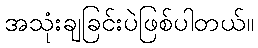
အသုံးချခြင်းပဲဖြစ်ပါတယ်။